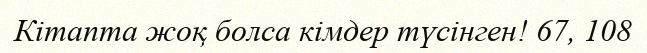
Кітапта жоқ болса кімдер түсінген! 67, 108